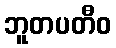
ဘူတပတီဝ